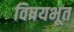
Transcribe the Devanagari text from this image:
विषयभूत